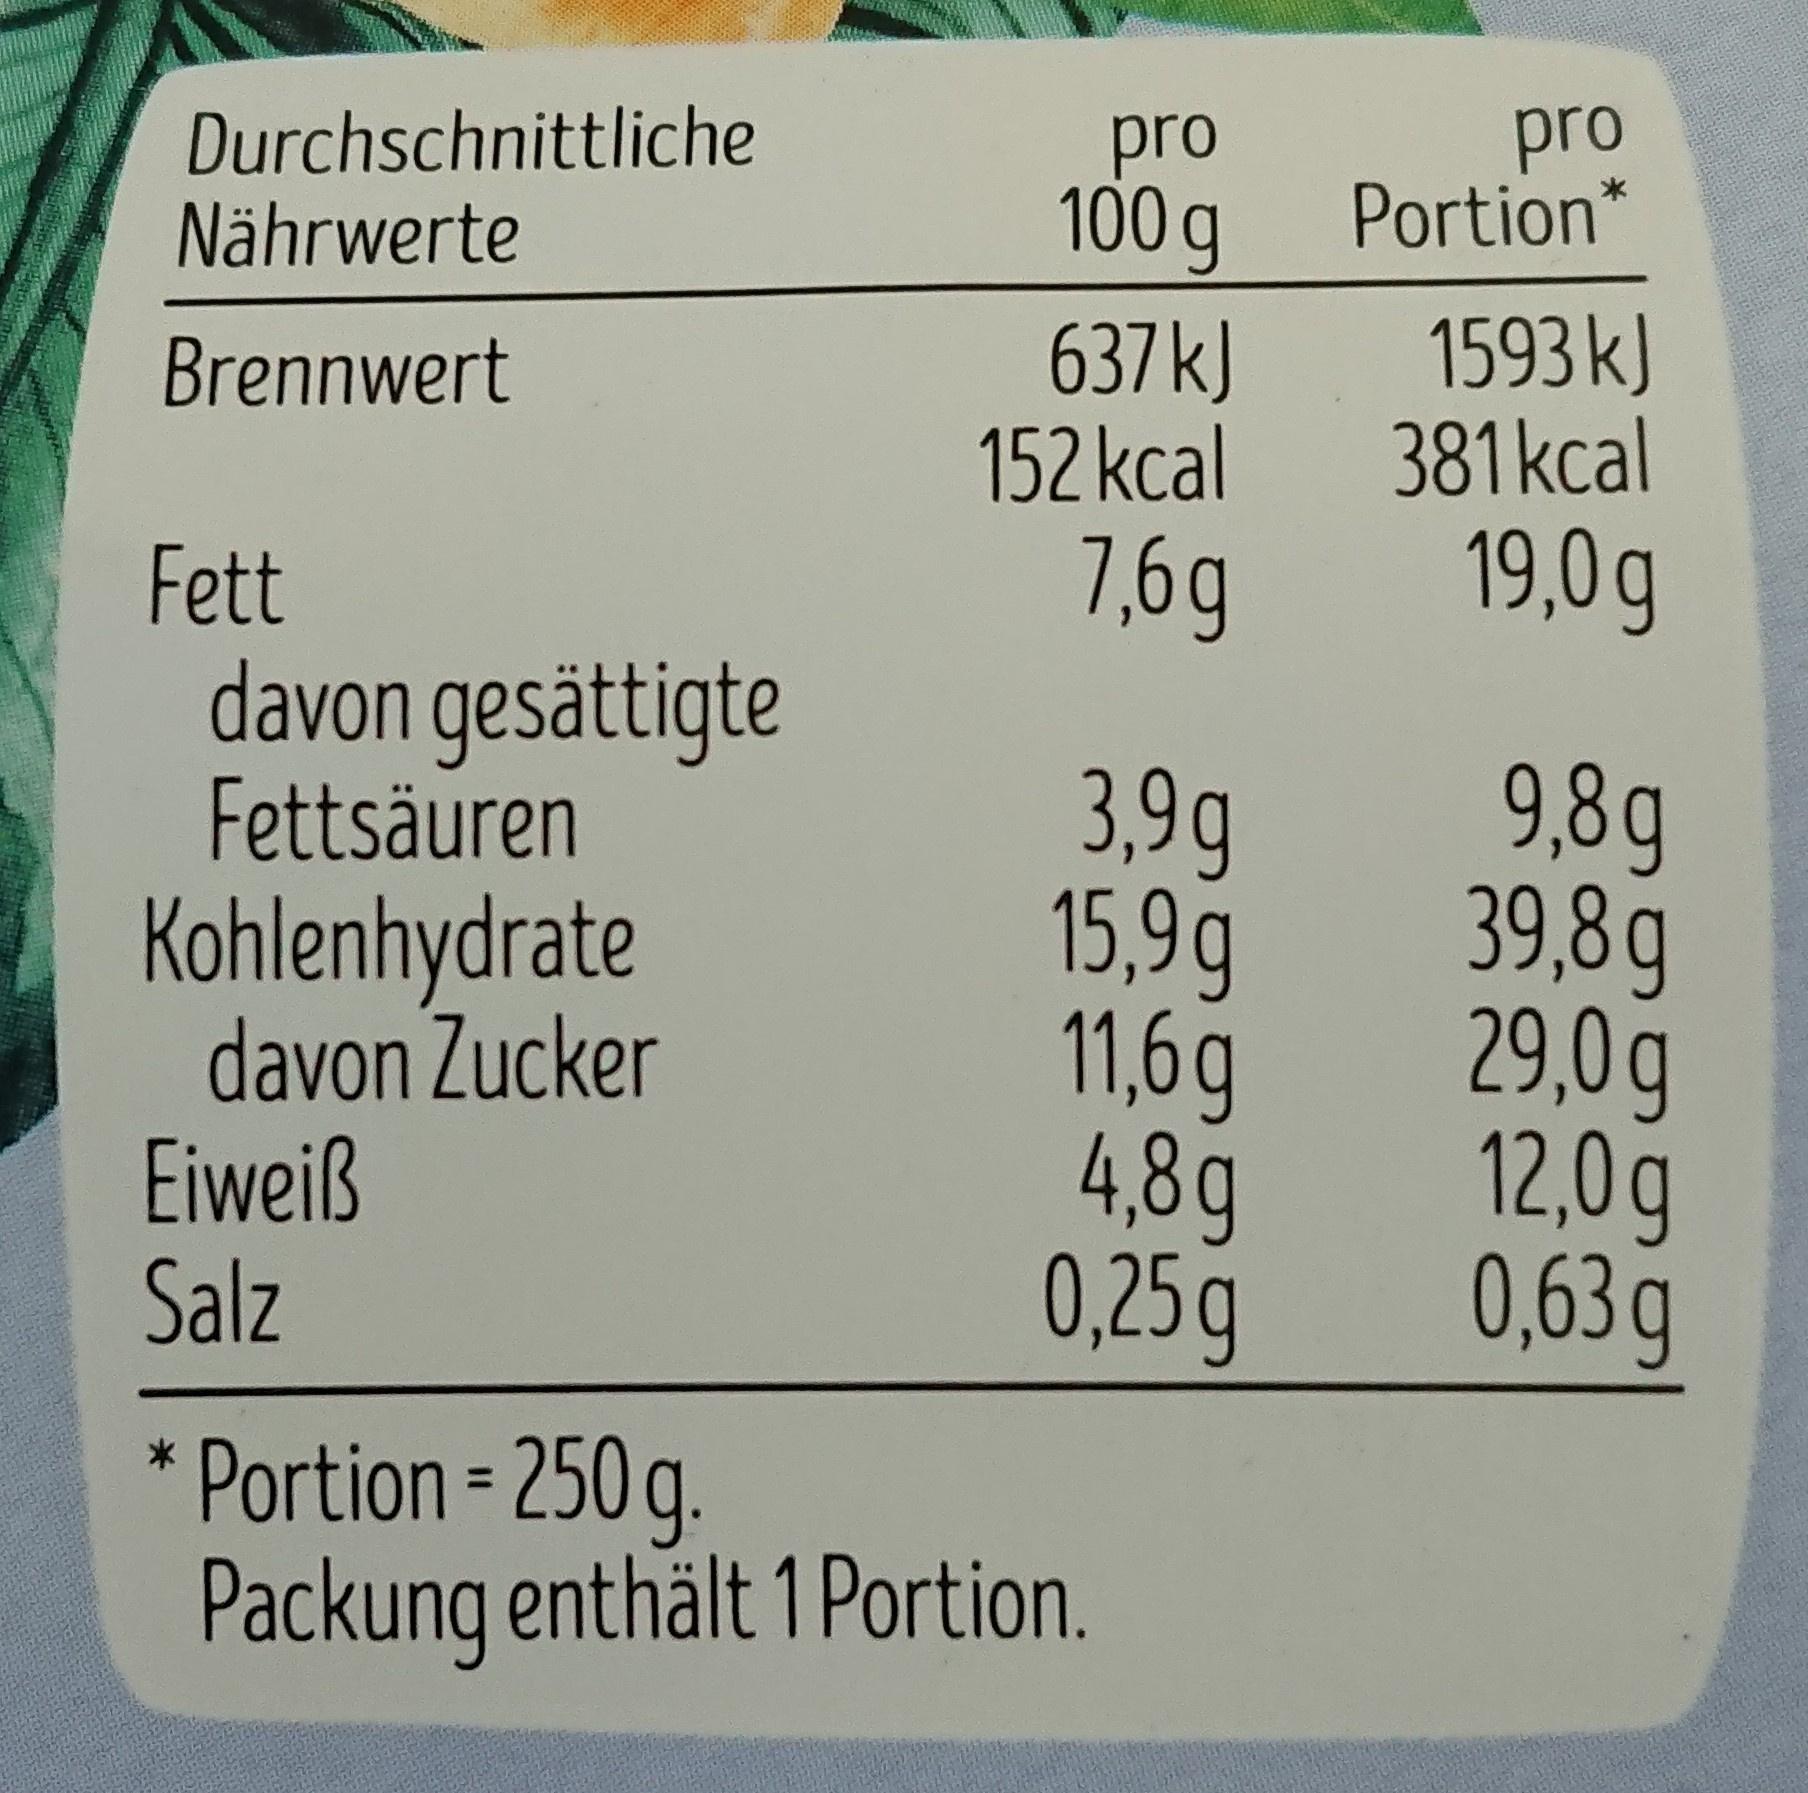
Durchschnittliche Nährwerte
pro 100 g
pro Portion*
637kJ 152 kcal
1593 kJ 381kcal
Brennwert
7,6g
19,0g
Fett davon gesättigte Fettsäuren Kohlenhydrate davon Zucker Eiweiß Salz
3,9g 15,9g 11,6g 4,8g 0,25g
9,8g 39,8g 29,0g 12,0g 0,63g
* Portion = 250 g. Packung enthält 1 Portion.